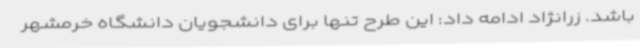
باشد. زرا‌نژاد ادامه داد: این طرح تنها برای دانشجویان دانشگاه خرمشهر